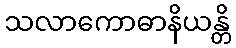
သလာကောဓာနိယန္တိ